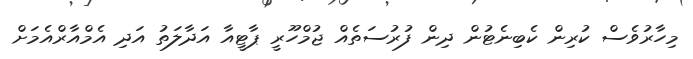
މިހާރުވެސް ކުރިން ކެބިނެޓުން ދިން ފުުރުސަތެއް ޖުމްހޫރީ ޕާޓީއާ އަދާލަތު އަދި އެމްއާރްއެމަށް